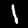
Digit: 1